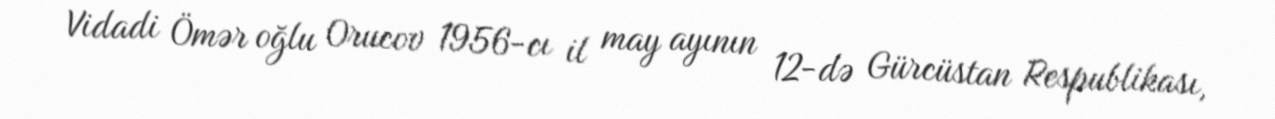
Vidadi Ömər oğlu Orucov 1956-cı il may ayının 12-də Gürcüstan Respublikası,